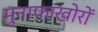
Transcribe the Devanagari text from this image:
मुनाफाखोरों